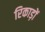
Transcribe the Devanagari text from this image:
रिकाड़ों